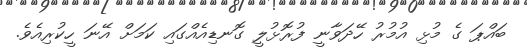
ބައްޕަ ގެ މުޅި އުމުރު ހޭދަވާނީ ފުރޮޅުލީ ގޮނޑިއެއްގައި ކަމަށް އޭނަ ހީކުރިއެވެ.